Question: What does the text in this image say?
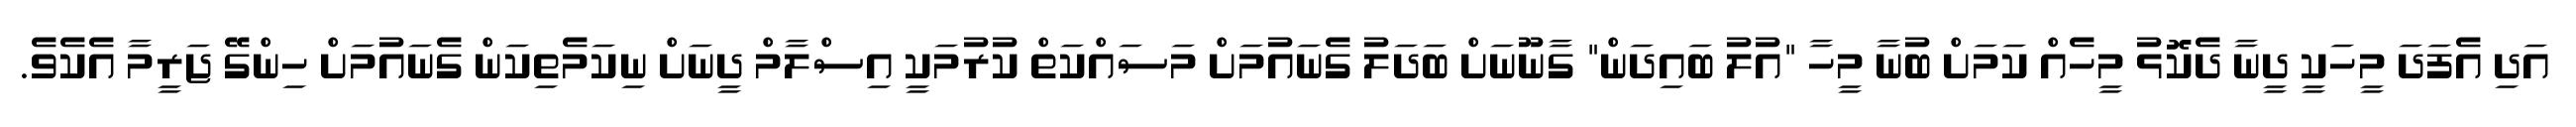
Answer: އަދި އެފަދަ މީހަކީ ދީނާ ދެކޮޅު މީހެއް ކަމަށް ބުނާ މީހާ "އުލު ބައިދަން" ގާނޫނަށް ބަދަލު ގެނައުމަށް މަސައްކަތް ކުރުމަކީ އިސްލާމް ދީނަށް ނިކަމެތިކަން ގެނައުމަށް ހިންގޭ ޖަރީމާ އެކެވެ.